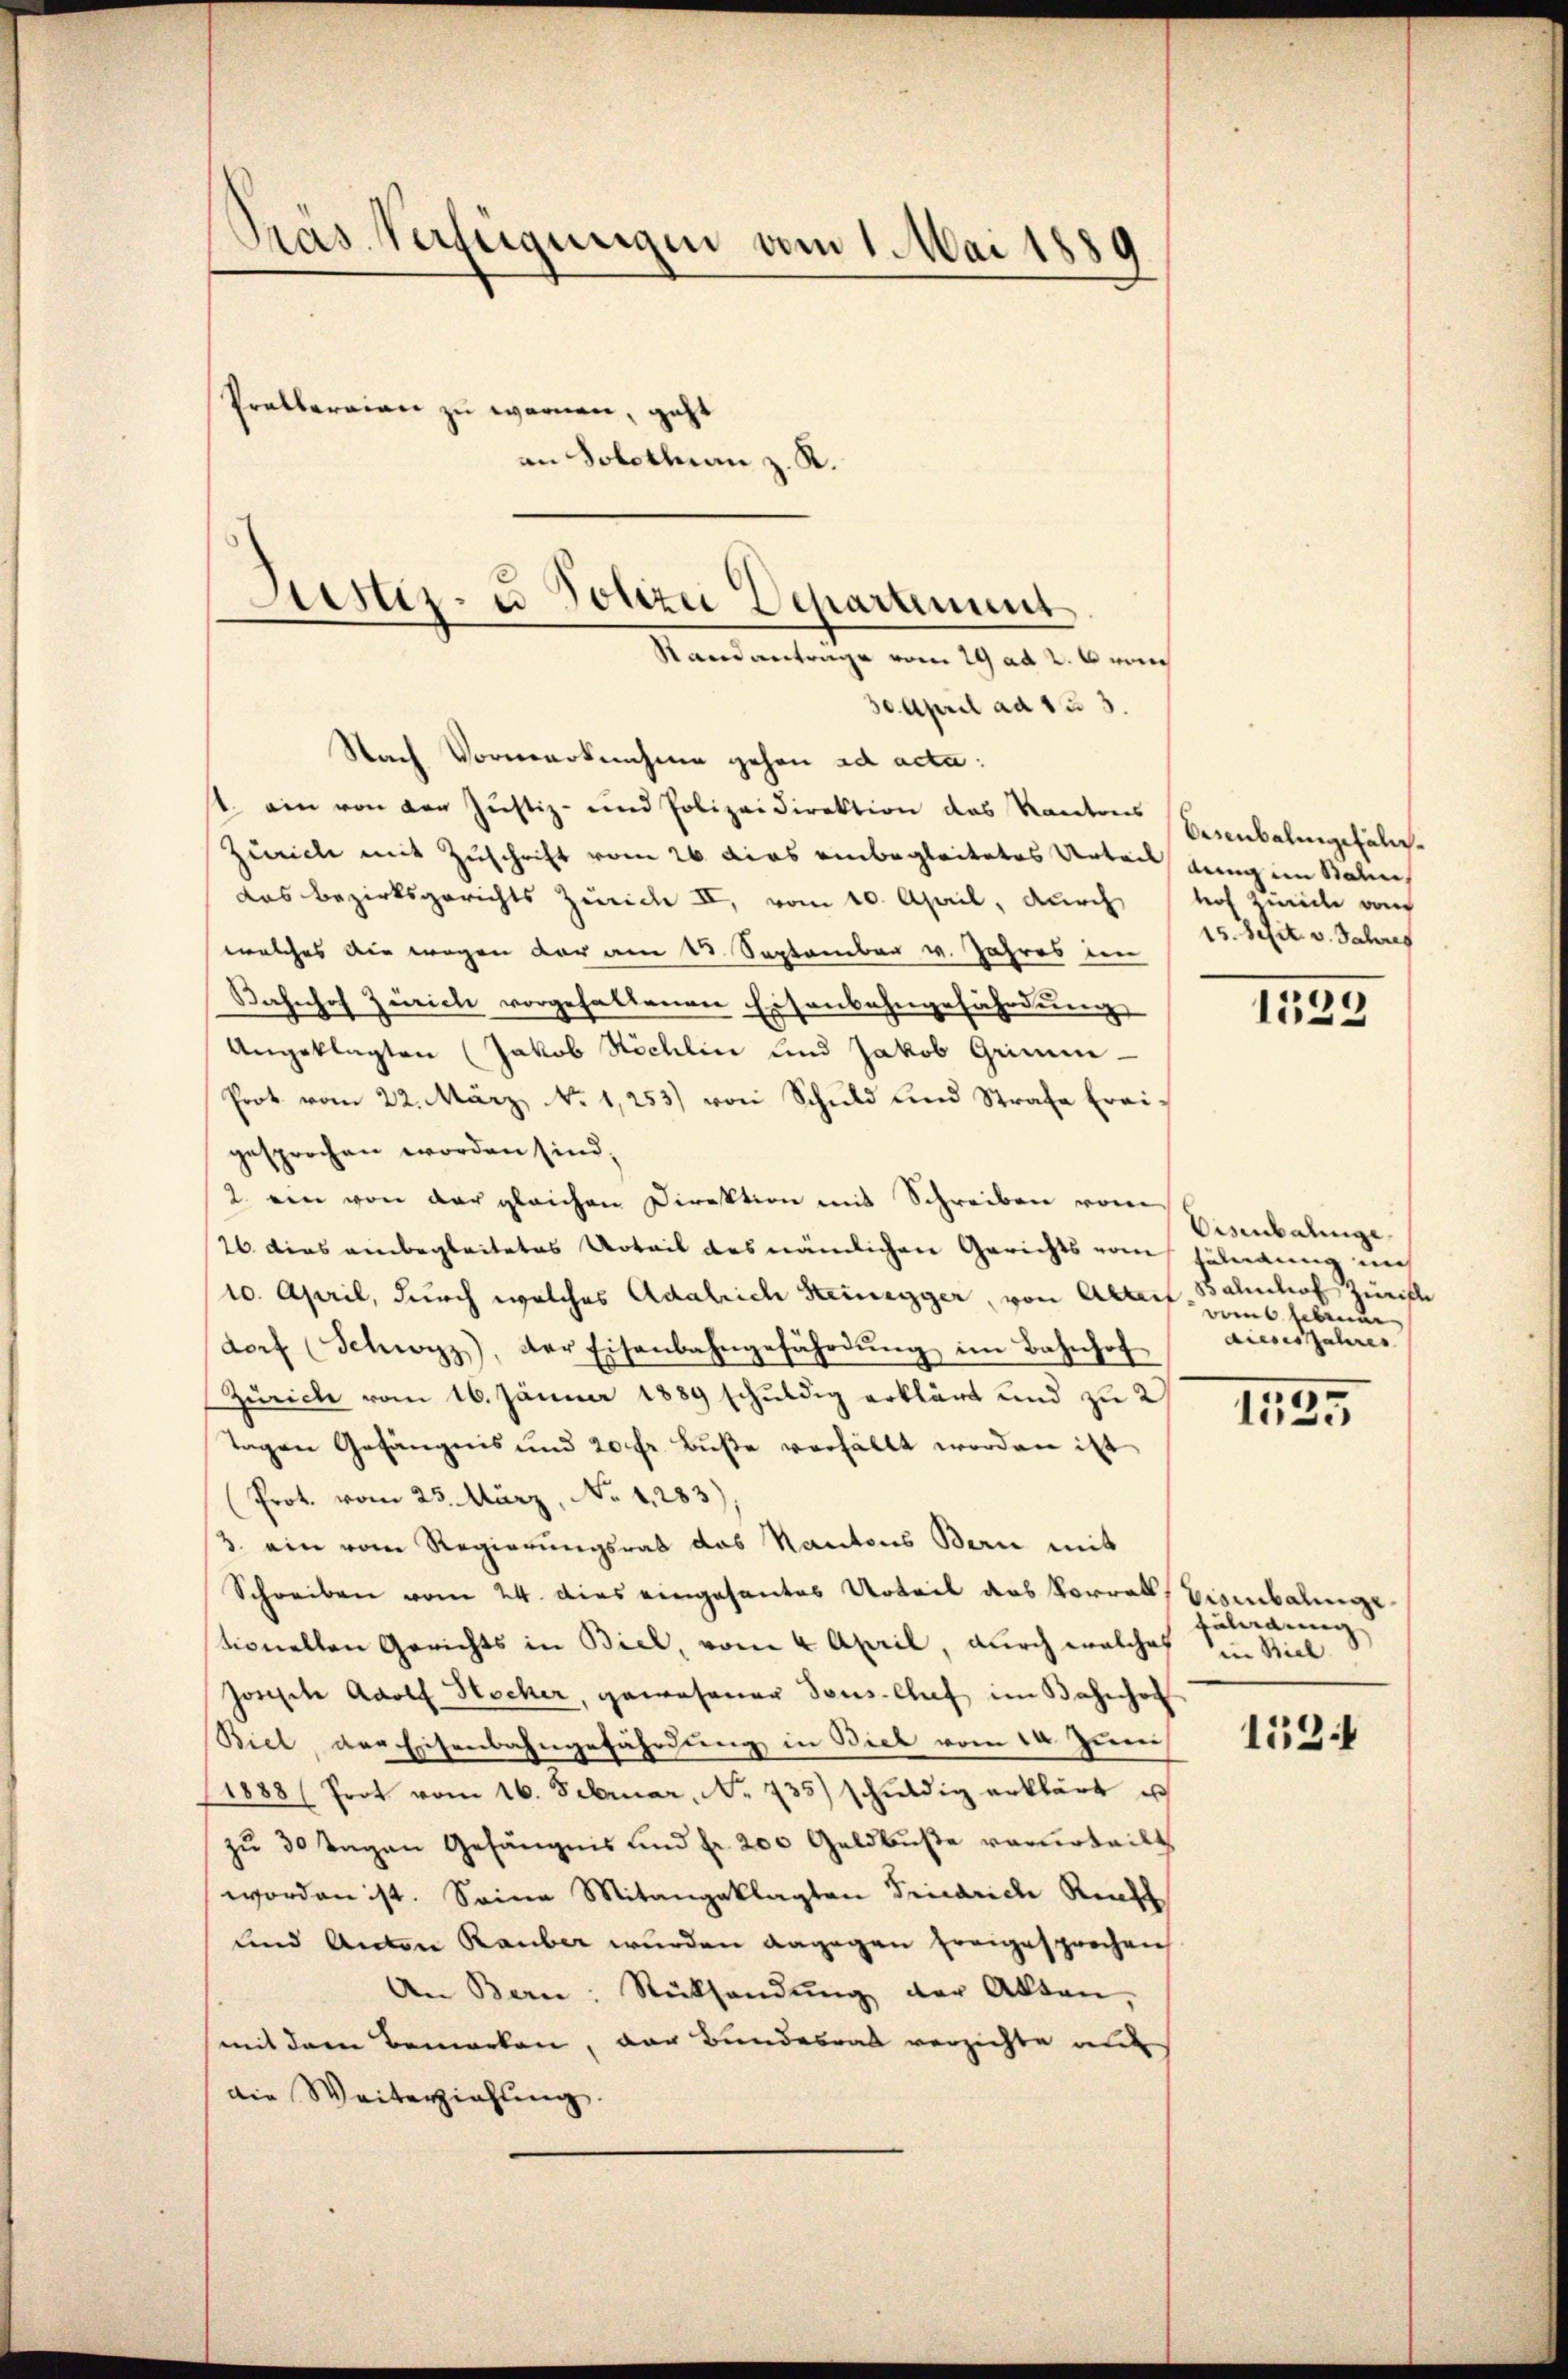
Pras Verfügungen vom 1. Mai 1889
Prellarian zu werden, geht
an Solothurn z. K.

30. April ad 133.
Nach Vormerknahme gehen ad acta:
st. ein von der Justiz- und Polizeidirektion das Kantons
Zürich mit Zuschrift vom 26. dies einbegleitetes Urteil jungen Bahier,
das Bezirksgerichts Zürich II, vom 10. April, durch hof Zürich am
welches die wegen der am 12. September v. Jahres im
Bahnhof Zürich vorgehaltenen Eisenbahngefährdung
Angeklagten (Jakob Nöchlin und Jakob Grimm.
Prot vom 22. März, No. 1253) von Schuld und Strafe Freigesprochen worden sind,
2. ein von der gleichen Direktion mit Schreiben vom
26 dies einbegleitetes Urteil des nämlichen Gerichts vom Föhndung aus
10. April, durch welches Adalrich Steinegger, von Abreit,
dorf (Schwyz), der Eisenbahngefährdŭng im Bahnhof
Zürich vom 16. Jänner 1889 schuldig erklärt und zu 2/
Tagen Gefängnis und 20 fr. Buße verhällt worden ist
Prot. vom 23. März, No. 1283),
3. ein vom Regierungsrat das Kantons Bern mit
Schreiben vom 24. dies eingesantes Urteil das Vorral, Eisenbalinge
tionellen Gerichts in Biel, vom 4. April, durch welches in Viel¬
Joseph Adolf Stocker, gewesener Tons-Chef im Bahnhof
Biel, der Eisenbahngefährdung in Biel vom 14. Juni
1888 (Prot vom 16. Februar, Nr. 735) schŭldig erklärt u
zu 30 Tagen Gefängnis und fr 200 Geldbuße verurteilt
worden ist. Seine Mitangeklagten Friedrich Riff
und Anton Rauber wurden dagegen freigesprochen
An Bern: Rücksendŭng der Akten,
mit dem Bemerken, der Bundesrat verzichte mit
die Weiterziehung.

Justiz- u Polize Departement
Standantrage vom 29 ad 2. 6 von

Osenbahngefäl¬
15. Seit v. Jahres

.
10

Eisenbalinge
Balhof Zürichte
vom lebene
dieses Jahres

1525

Füladung |

153.